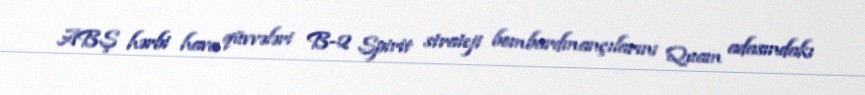
ABŞ hərbi hava qüvvələri B-2 Spirit strateji bombardmançılarını Quam adasındakı